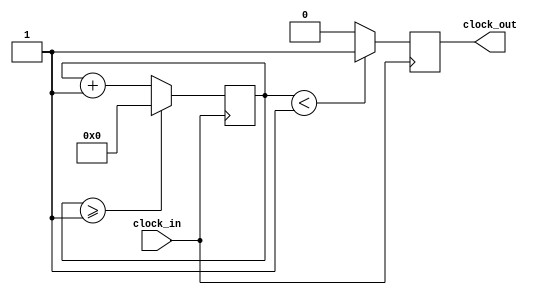
module Clock_divider(clock_in, clock_out);

input clock_in; // input clock on FPGA
output reg clock_out; // output clock after dividing the input clock by divisor
reg[27:0] counter = 28'd0;
parameter DIVISOR = 28'd2;
// The frequency of the output clk_out
//  = The frequency of the input clk_in divided by DIVISOR
// For example: Fclk_in = 50Mhz, if you want to get 1Hz signal to blink LEDs
// You will modify the DIVISOR parameter value to 28'd50.000.000
// Then the frequency of the output clk_out = 50Mhz/50.000.000 = 1Hz
initial clock_out = 0;

always @(posedge clock_in)
begin
 counter <= counter + 28'd1;
 if(counter>=(DIVISOR-1))
  counter <= 28'd0;
 clock_out <= (counter<DIVISOR/2)?1'b1:1'b0;
end
endmodule